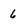
Character: 6